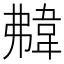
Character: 𩎡